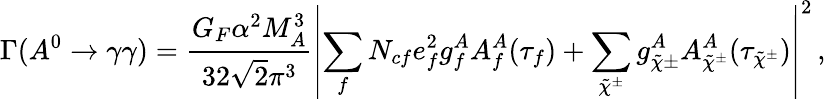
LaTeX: \Gamma(A^{0}\rightarrow\gamma\gamma)=\frac{G_{F}\alpha^{2}M_{A}^{3}}{32\sqrt{2}\pi^{3}}\left|\sum_{f}N_{cf}e_{f}^{2}g_{f}^{A}A_{f}^{A}(\tau_{f})+\sum_{\tilde{\chi}^{\pm}}g_{\tilde{\chi}\pm}^{A}A_{\tilde{\chi}^{\pm}}^{A}(\tau_{\tilde{\chi}^{\pm}})\right|^{2}\, ,